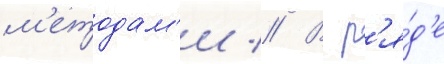
м'етодам'и // В р'я́д'е